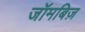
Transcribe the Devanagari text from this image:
जॉमबिज़